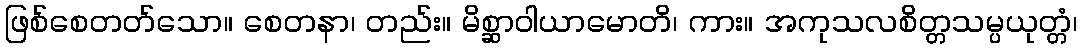
ဖြစ်စေတတ်သော။ စေတနာ၊ တည်း။ မိစ္ဆာဝါယာမောတိ၊ ကား။ အကုသလစိတ္တသမ္ပယုတ္တံ၊